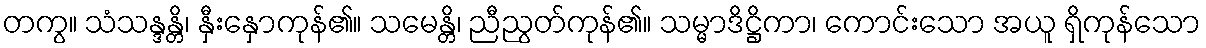
တကွ။ သံသန္ဒန္တိ၊ နှီးနှောကုန်၏။ သမေန္တိ၊ ညီညွတ်ကုန်၏။ သမ္မာဒိဋ္ဌိကာ၊ ကောင်းသော အယူ ရှိကုန်သော